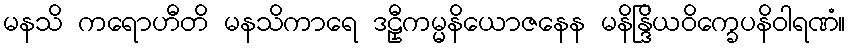
မနသိ ကရောဟီတိ မနသိကာရေ ဒဠှီကမ္မနိယောဇနေန မနိန္ဒြိယဝိက္ခေပနိဝါရဏံ။